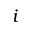
i